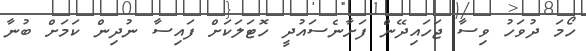
ހޯމަ ދުވަހު ވިސާ ޖަހައިދޭން ފަށާނެސައުދީ ހޮޓަލަކަށް ފައިސާ ނުދިން ކަމަށް ބުނާ